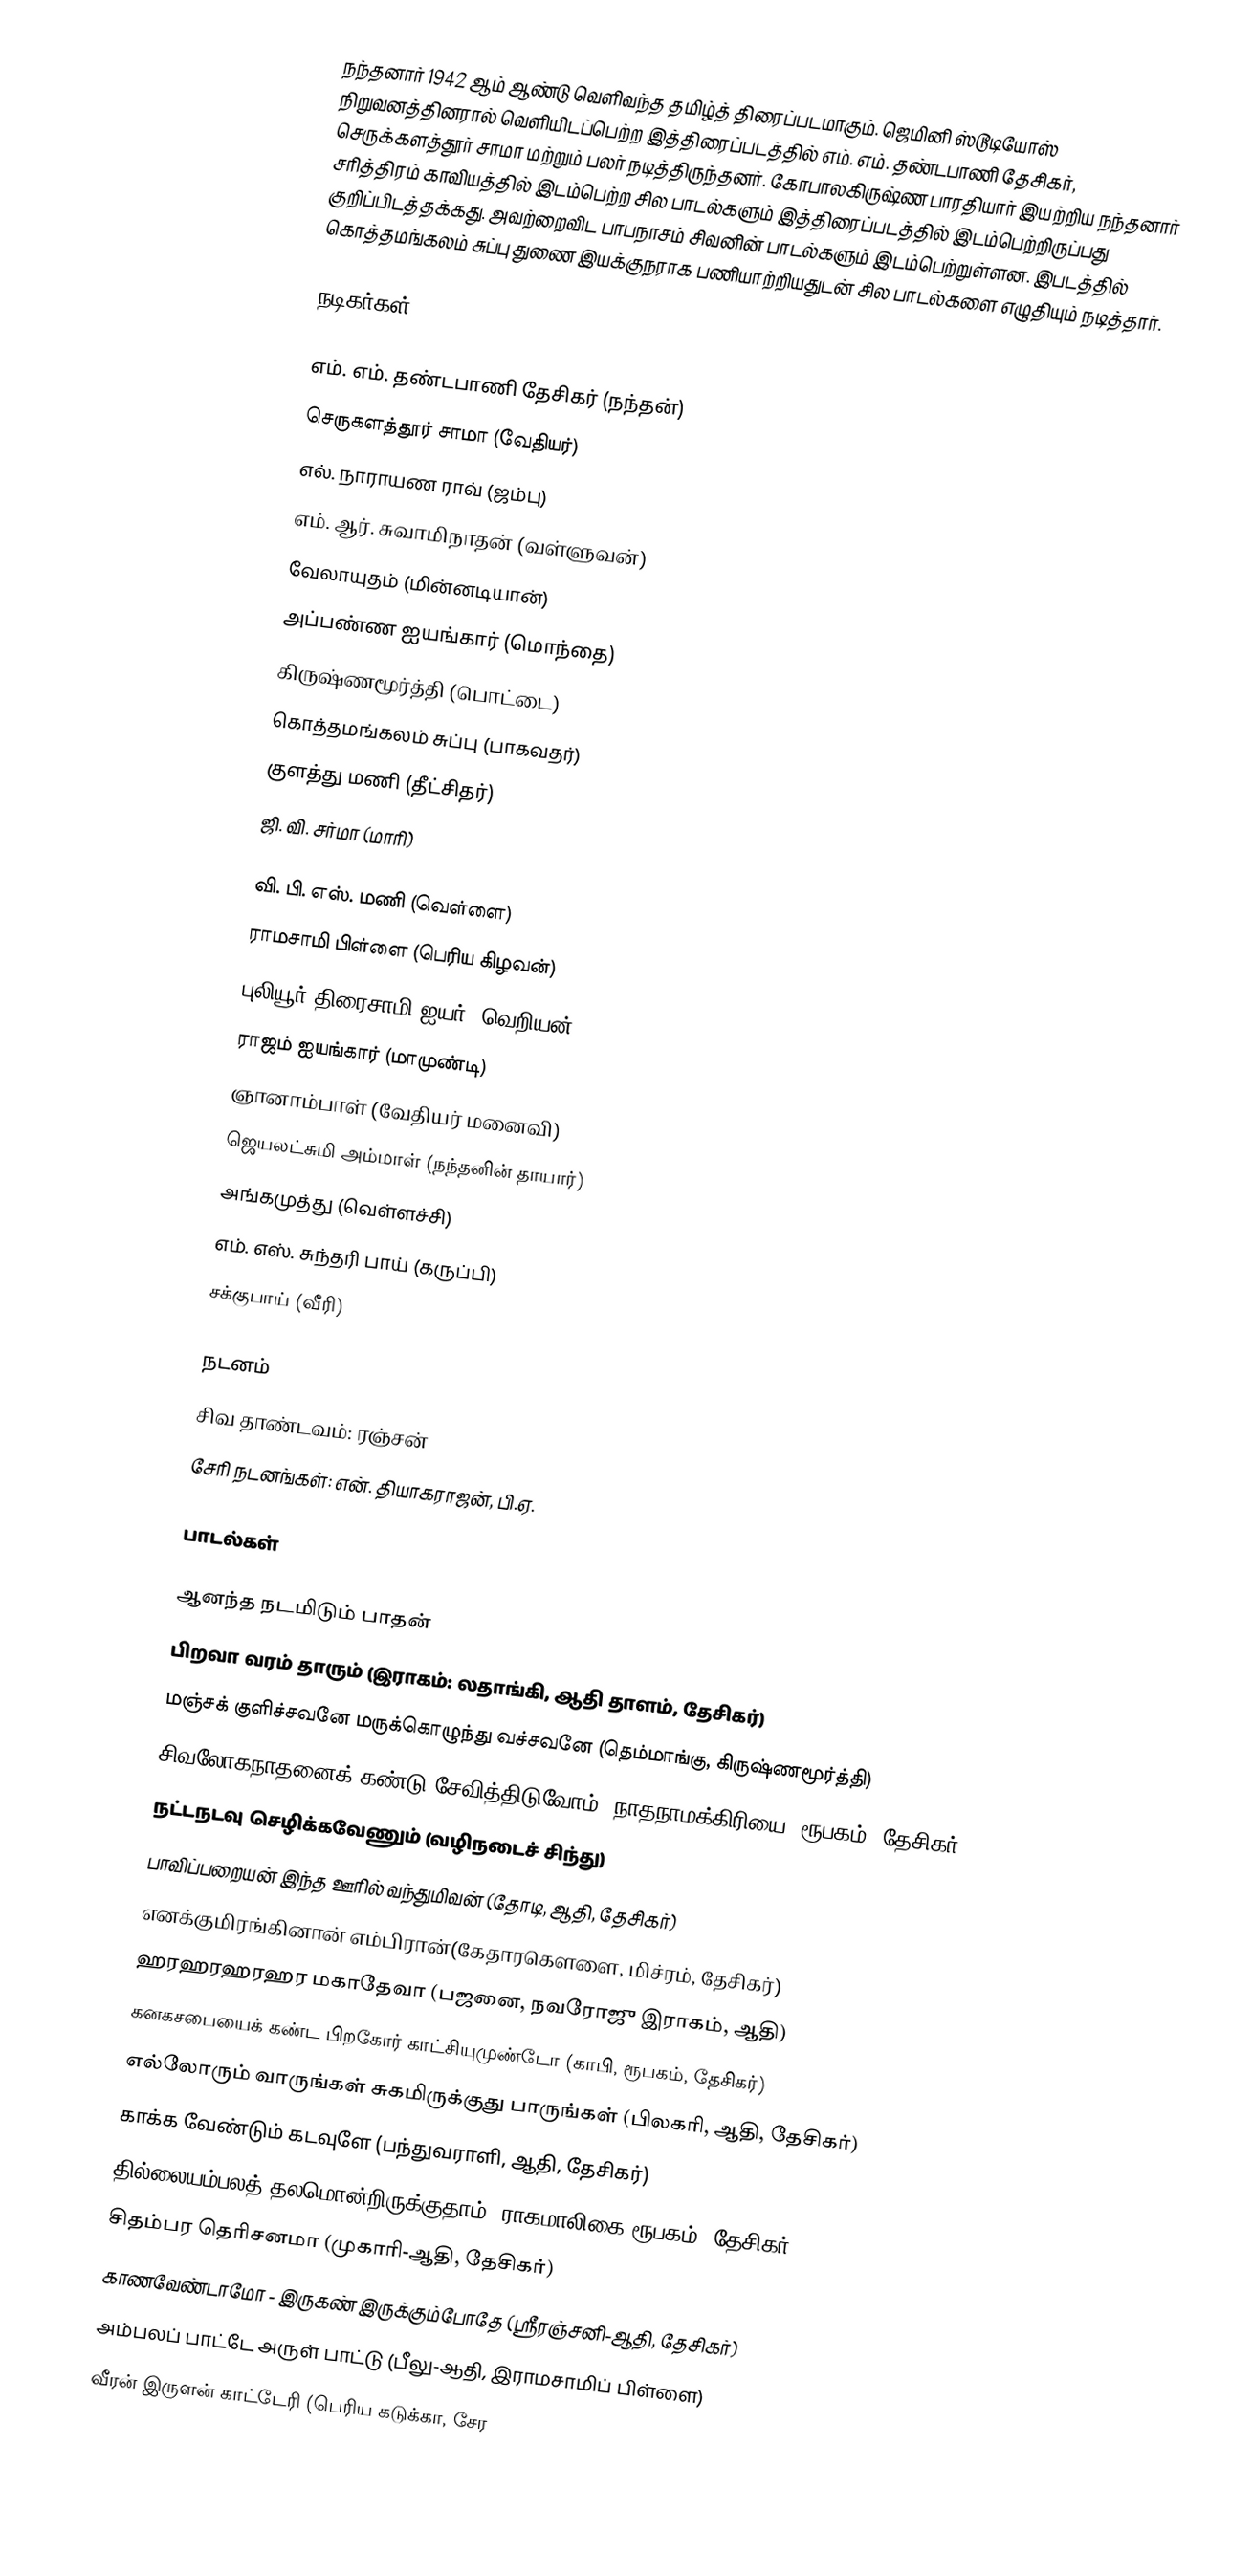
நந்தனார் 1942 ஆம் ஆண்டு வெளிவந்த தமிழ்த் திரைப்படமாகும். ஜெமினி ஸ்டூடியோஸ் நிறுவனத்தினரால் வெளியிடப்பெற்ற இத்திரைப்படத்தில் எம். எம். தண்டபாணி தேசிகர், செருக்களத்தூர் சாமா மற்றும் பலர் நடித்திருந்தனர். கோபாலகிருஷ்ண பாரதியார் இயற்றிய நந்தனார் சரித்திரம் காவியத்தில் இடம்பெற்ற சில பாடல்களும் இத்திரைப்படத்தில் இடம்பெற்றிருப்பது குறிப்பிடத்தக்கது. அவற்றைவிட பாபநாசம் சிவனின் பாடல்களும் இடம்பெற்றுள்ளன. இபடத்தில் கொத்தமங்கலம் சுப்பு துணை இயக்குநராக பணியாற்றியதுடன் சில பாடல்களை எழுதியும் நடித்தார்.

நடிகர்கள்

 எம். எம். தண்டபாணி தேசிகர் (நந்தன்)
 செருகளத்தூர் சாமா (வேதியர்)
 எல். நாராயண ராவ் (ஜம்பு)
 எம். ஆர். சுவாமிநாதன் (வள்ளுவன்)
 வேலாயுதம் (மின்னடியான்)
 அப்பண்ண ஐயங்கார் (மொந்தை)
 கிருஷ்ணமூர்த்தி (பொட்டை)
 கொத்தமங்கலம் சுப்பு (பாகவதர்)
 குளத்து மணி (தீட்சிதர்)
 ஜி. வி. சர்மா (மாரி)

 வி. பி. எஸ். மணி (வெள்ளை)
 ராமசாமி பிள்ளை (பெரிய கிழவன்)
 புலியூர் திரைசாமி ஐயர் (வெறியன்)
 ராஜம் ஐயங்கார் (மாமுண்டி)
 ஞானாம்பாள் (வேதியர் மனைவி)
 ஜெயலட்சுமி அம்மாள் (நந்தனின் தாயார்)
 அங்கமுத்து (வெள்ளச்சி)
 எம். எஸ். சுந்தரி பாய் (கருப்பி)
 சக்குபாய் (வீரி)

நடனம்
 சிவ தாண்டவம்: ரஞ்சன்
 சேரி நடனங்கள்: என். தியாகராஜன், பி.ஏ.

பாடல்கள்

 ஆனந்த நடமிடும் பாதன்
 பிறவா வரம் தாரும் (இராகம்: லதாங்கி, ஆதி தாளம், தேசிகர்)
 மஞ்சக் குளிச்சவனே மருக்கொழுந்து வச்சவனே (தெம்மாங்கு, கிருஷ்ணமூர்த்தி)
 சிவலோகநாதனைக் கண்டு சேவித்திடுவோம் (நாதநாமக்கிரியை, ரூபகம், தேசிகர்)
 நட்டநடவு செழிக்கவேணும் (வழிநடைச் சிந்து)
 பாவிப்பறையன் இந்த ஊரில் வந்துமிவன் (தோடி, ஆதி, தேசிகர்)
 எனக்குமிரங்கினான் எம்பிரான்(கேதாரகௌளை, மிச்ரம், தேசிகர்)
 ஹரஹரஹரஹர மகாதேவா (பஜனை, நவரோஜு இராகம், ஆதி)
 கனகசபையைக் கண்ட பிறகோர் காட்சியுமுண்டோ (காபி, ரூபகம், தேசிகர்)
 எல்லோரும் வாருங்கள் சுகமிருக்குது பாருங்கள் (பிலகரி, ஆதி, தேசிகர்)
 காக்க வேண்டும் கடவுளே (பந்துவராளி, ஆதி, தேசிகர்)
 தில்லையம்பலத் தலமொன்றிருக்குதாம் (ராகமாலிகை-ரூபகம், தேசிகர்)
 சிதம்பர தெரிசனமா (முகாரி-ஆதி, தேசிகர்)
 காணவேண்டாமோ - இருகண் இருக்கும்போதே (ஸ்ரீரஞ்சனி-ஆதி, தேசிகர்)
 அம்பலப் பாட்டே அருள் பாட்டு (பீலு-ஆதி, இராமசாமிப் பிள்ளை)
 வீரன் இருளன் காட்டேரி (பெரிய கடுக்கா, சேர